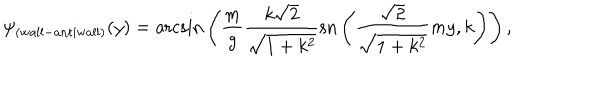
LaTeX: \psi _ { \mathrm { ( w a l l - a n t i w a l l ) } } ( y ) = \mathrm { a r c s i n } \left( { \frac { m } { g } } \frac { k \sqrt 2 } { \sqrt { 1 + k ^ { 2 } } } \mathrm { s n } \left( { \frac { \sqrt 2 } { \sqrt { 1 + k ^ { 2 } } } } m y , k \right) \right) ,